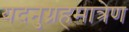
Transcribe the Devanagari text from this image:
यदनुग्रहमात्रेण